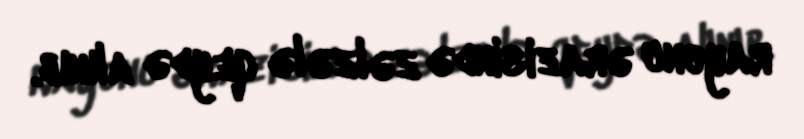
rayonu ərazisində zəlzələ qeydə alınıb.